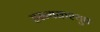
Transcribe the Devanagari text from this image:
हरन्यकश्युप